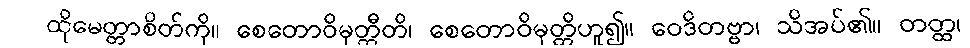
ထိုမေတ္တာစိတ်ကို။ စေတောဝိမုတ္တီတိ၊ စေတောဝိမုတ္တိဟူ၍။ ဝေဒိတဗ္ဗာ၊ သိအပ်၏။ တတ္ထ၊